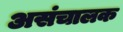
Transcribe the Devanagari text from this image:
असंचालक